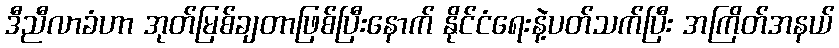
ဒီညီလာခံဟာ အုတ်မြစ်ချတာဖြစ်ပြီးနောက် နိုင်ငံရေးနဲ့ပတ်သက်ပြီး အကြိတ်အနယ်